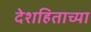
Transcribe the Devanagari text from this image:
देशहिताच्या